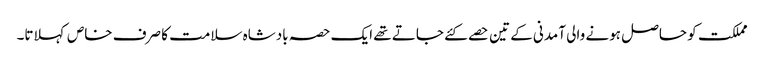
مملکت کو حاصل ہونے والی آمدنی کے تین حصے کئے جاتے تھے ایک حصہ بادشاہ سلامت کا صرف خاص کہلاتا۔